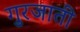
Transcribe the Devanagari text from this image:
गुरजाती